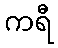
ကရီ